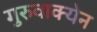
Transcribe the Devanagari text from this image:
गुरुवाक्येन